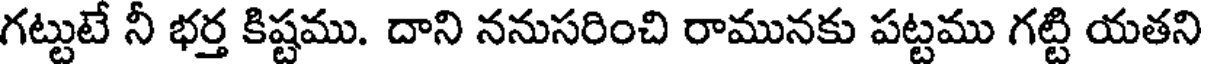
గట్టుటే నీ భర్త కిష్టము. దాని ననుసరించి రామునకు పట్టము గట్టి యతని